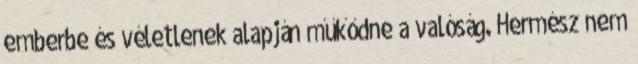
emberbe és véletlenek alapján műkődne a valóság. Hermész nem